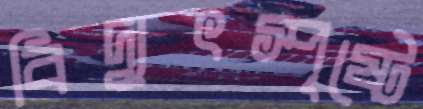
বিদ্যুৎস্পৃষ্টে